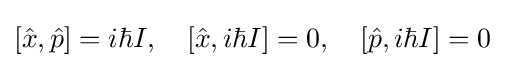
[{\hat {x}},{\hat {p}}]=i\hbar I,\quad [{\hat {x}},i\hbar I]=0,\quad [{\hat {p}},i\hbar I]=0